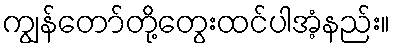
ကျွန်တော်တို့တွေးထင်ပါအံ့နည်း။